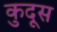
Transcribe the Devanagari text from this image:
कुदूस